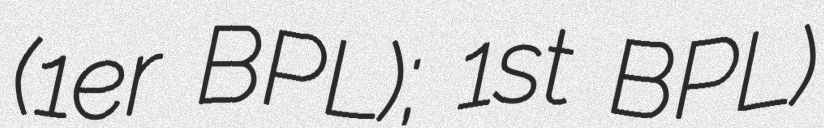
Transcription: (1er BPL); 1st BPL)